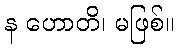
န ဟောတိ၊ မဖြစ်။